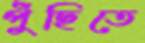
পুঁছিতে